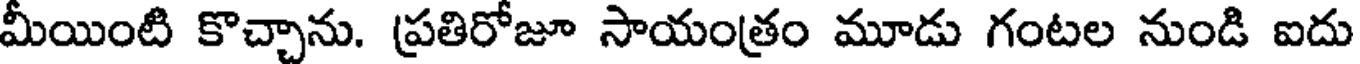
మీయింటి కొచ్చాను. ప్రతిరోజూ సాయంత్రం మూడు గంటల నుండి ఐదు